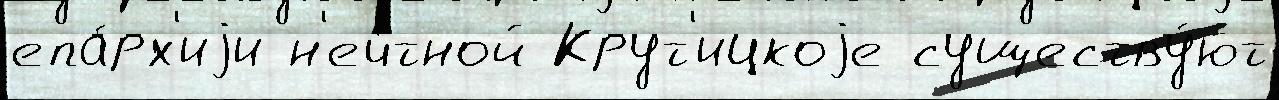
епа́рх'иjи н'еч́тной Крут'ицкоjе существу́ют